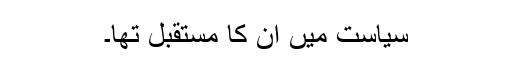
سیاست میں ان کا مستقبل تھا۔